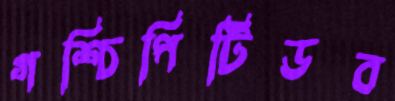
গশ্চিপিটিডব